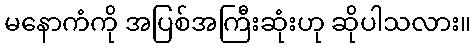
မနောကံကို အပြစ်အကြီးဆုံးဟု ဆိုပါသလား။